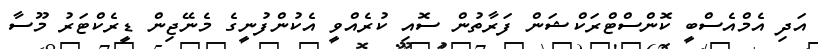
އަދި އެމްއެސްބީ ކޮންސްޓްރަކްޝަން ފަރާތުން ސޮއި ކުރެއްވީ އެކުންފުނީގެ މެނޭޖިން ޑީރެކްޓަރު މޫސާ